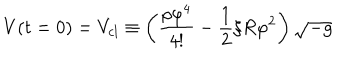
LaTeX: V ( t = 0 ) = V _ { c l } \equiv \left( \frac { \rho \varphi ^ { 4 } } { 4 ! } - \frac { 1 } { 2 } \xi R \varphi ^ { 2 } \right) \sqrt { - g }